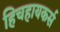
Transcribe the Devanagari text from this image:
हिचहायकर्स